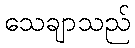
သေချာသည်